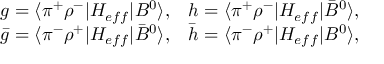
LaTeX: \begin{array} { l l } { { g = \langle \pi ^ { + } \rho ^ { - } | H _ { e f f } | B ^ { 0 } \rangle , } } & { { h = \langle \pi ^ { + } \rho ^ { - } | H _ { e f f } | \bar { B } ^ { 0 } \rangle , } } \\ { { \bar { g } = \langle \pi ^ { - } \rho ^ { + } | H _ { e f f } | \bar { B } ^ { 0 } \rangle , } } & { { \bar { h } = \langle \pi ^ { - } \rho ^ { + } | H _ { e f f } | B ^ { 0 } \rangle , } } \end{array}